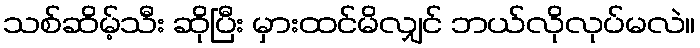
သစ်ဆိမ့်သီး ဆိုပြီး မှားထင်မိလျှင် ဘယ်လိုလုပ်မလဲ။